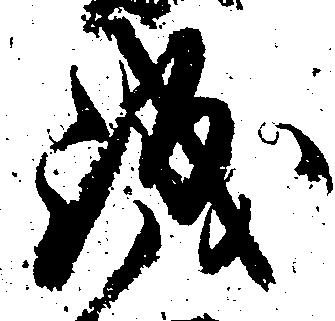
誠